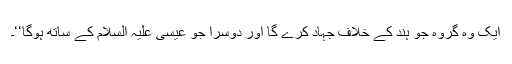
ایک وہ گروہ جو ہند کے خلاف جہاد کرے گا اور دوسرا جو عیسی علیہ السلام کے ساتھ ہوگا‘‘۔